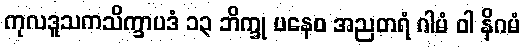
ကုလဒူသကသိက္ခာပဒံ ၁၃ ဘိက္ခု ပနေဝ အညတရံ ဂါမံ ဝါ နိဂမံ